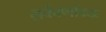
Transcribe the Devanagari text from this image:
सर्ववर्णाग्र्यः